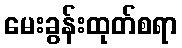
မေးခွန်းထုတ်စရာ